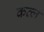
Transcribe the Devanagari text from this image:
कत्‍ल